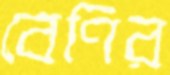
বেণির